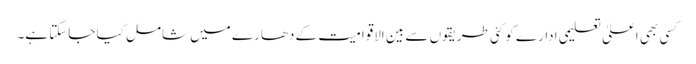
کسی بھی اعلیٰ تعلیمی ادارے کو کئی طریقوں سے بین الاقوامیت کے دھارے میں شامل کیا جاسکتا ہے۔